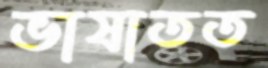
ভাষাতত